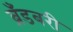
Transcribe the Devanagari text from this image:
ब्रँडबरी